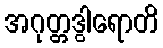
အဂုတ္တဒွါရောတိ